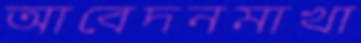
আবেদনমাখা